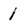
Character: 1